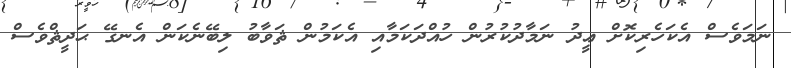
ނަމަވެސް އެކަހެރިކޮށް ޢީދު ނަމާދުކުރުން ހުއްދަކަމާއި އެކަމުން ޘަވާބު ލިބޭނެކަން އެނގޭ ޙަދީޘްވެސް